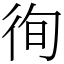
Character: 徇